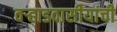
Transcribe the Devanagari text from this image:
वर्‍हाडवासीयांची